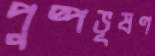
পুষ্পভূষণ